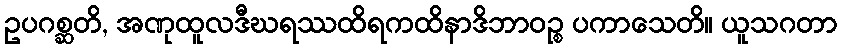
ဥပဂစ္ဆတိ, အဏုထူလဒီဃရဿထိရကထိနာဒိဘာဝဉ္စ ပကာသေတိ။ ယူသဂတာ